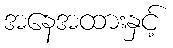
အနေအထားနှင့်